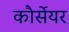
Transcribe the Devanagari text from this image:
कौर्सेयर